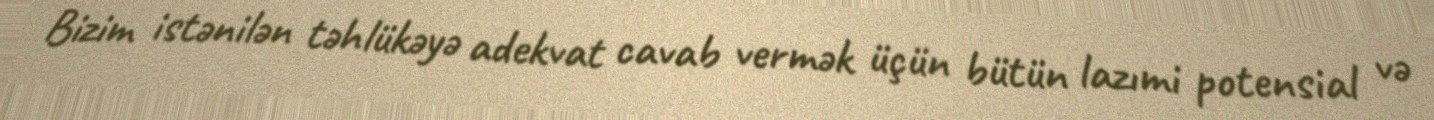
Bizim istənilən təhlükəyə adekvat cavab vermək üçün bütün lazımi potensial və